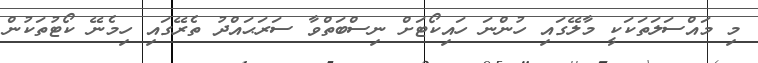
މި މައްސަލަތަކަކީ މާލޭގައި ހުންނަ ހައިކޯޓަށް ނިސްބަތްވާ ސަރަޙައްދު ތެރޭގައި ހިމެނޭ ކޯޓުތަކުން